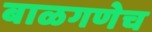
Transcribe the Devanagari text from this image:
बाळगणेच